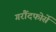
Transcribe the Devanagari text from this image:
गरौंदफोर्से